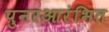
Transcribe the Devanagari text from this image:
पुनरआरंभित